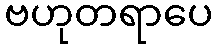
ဗဟုတရာပေ